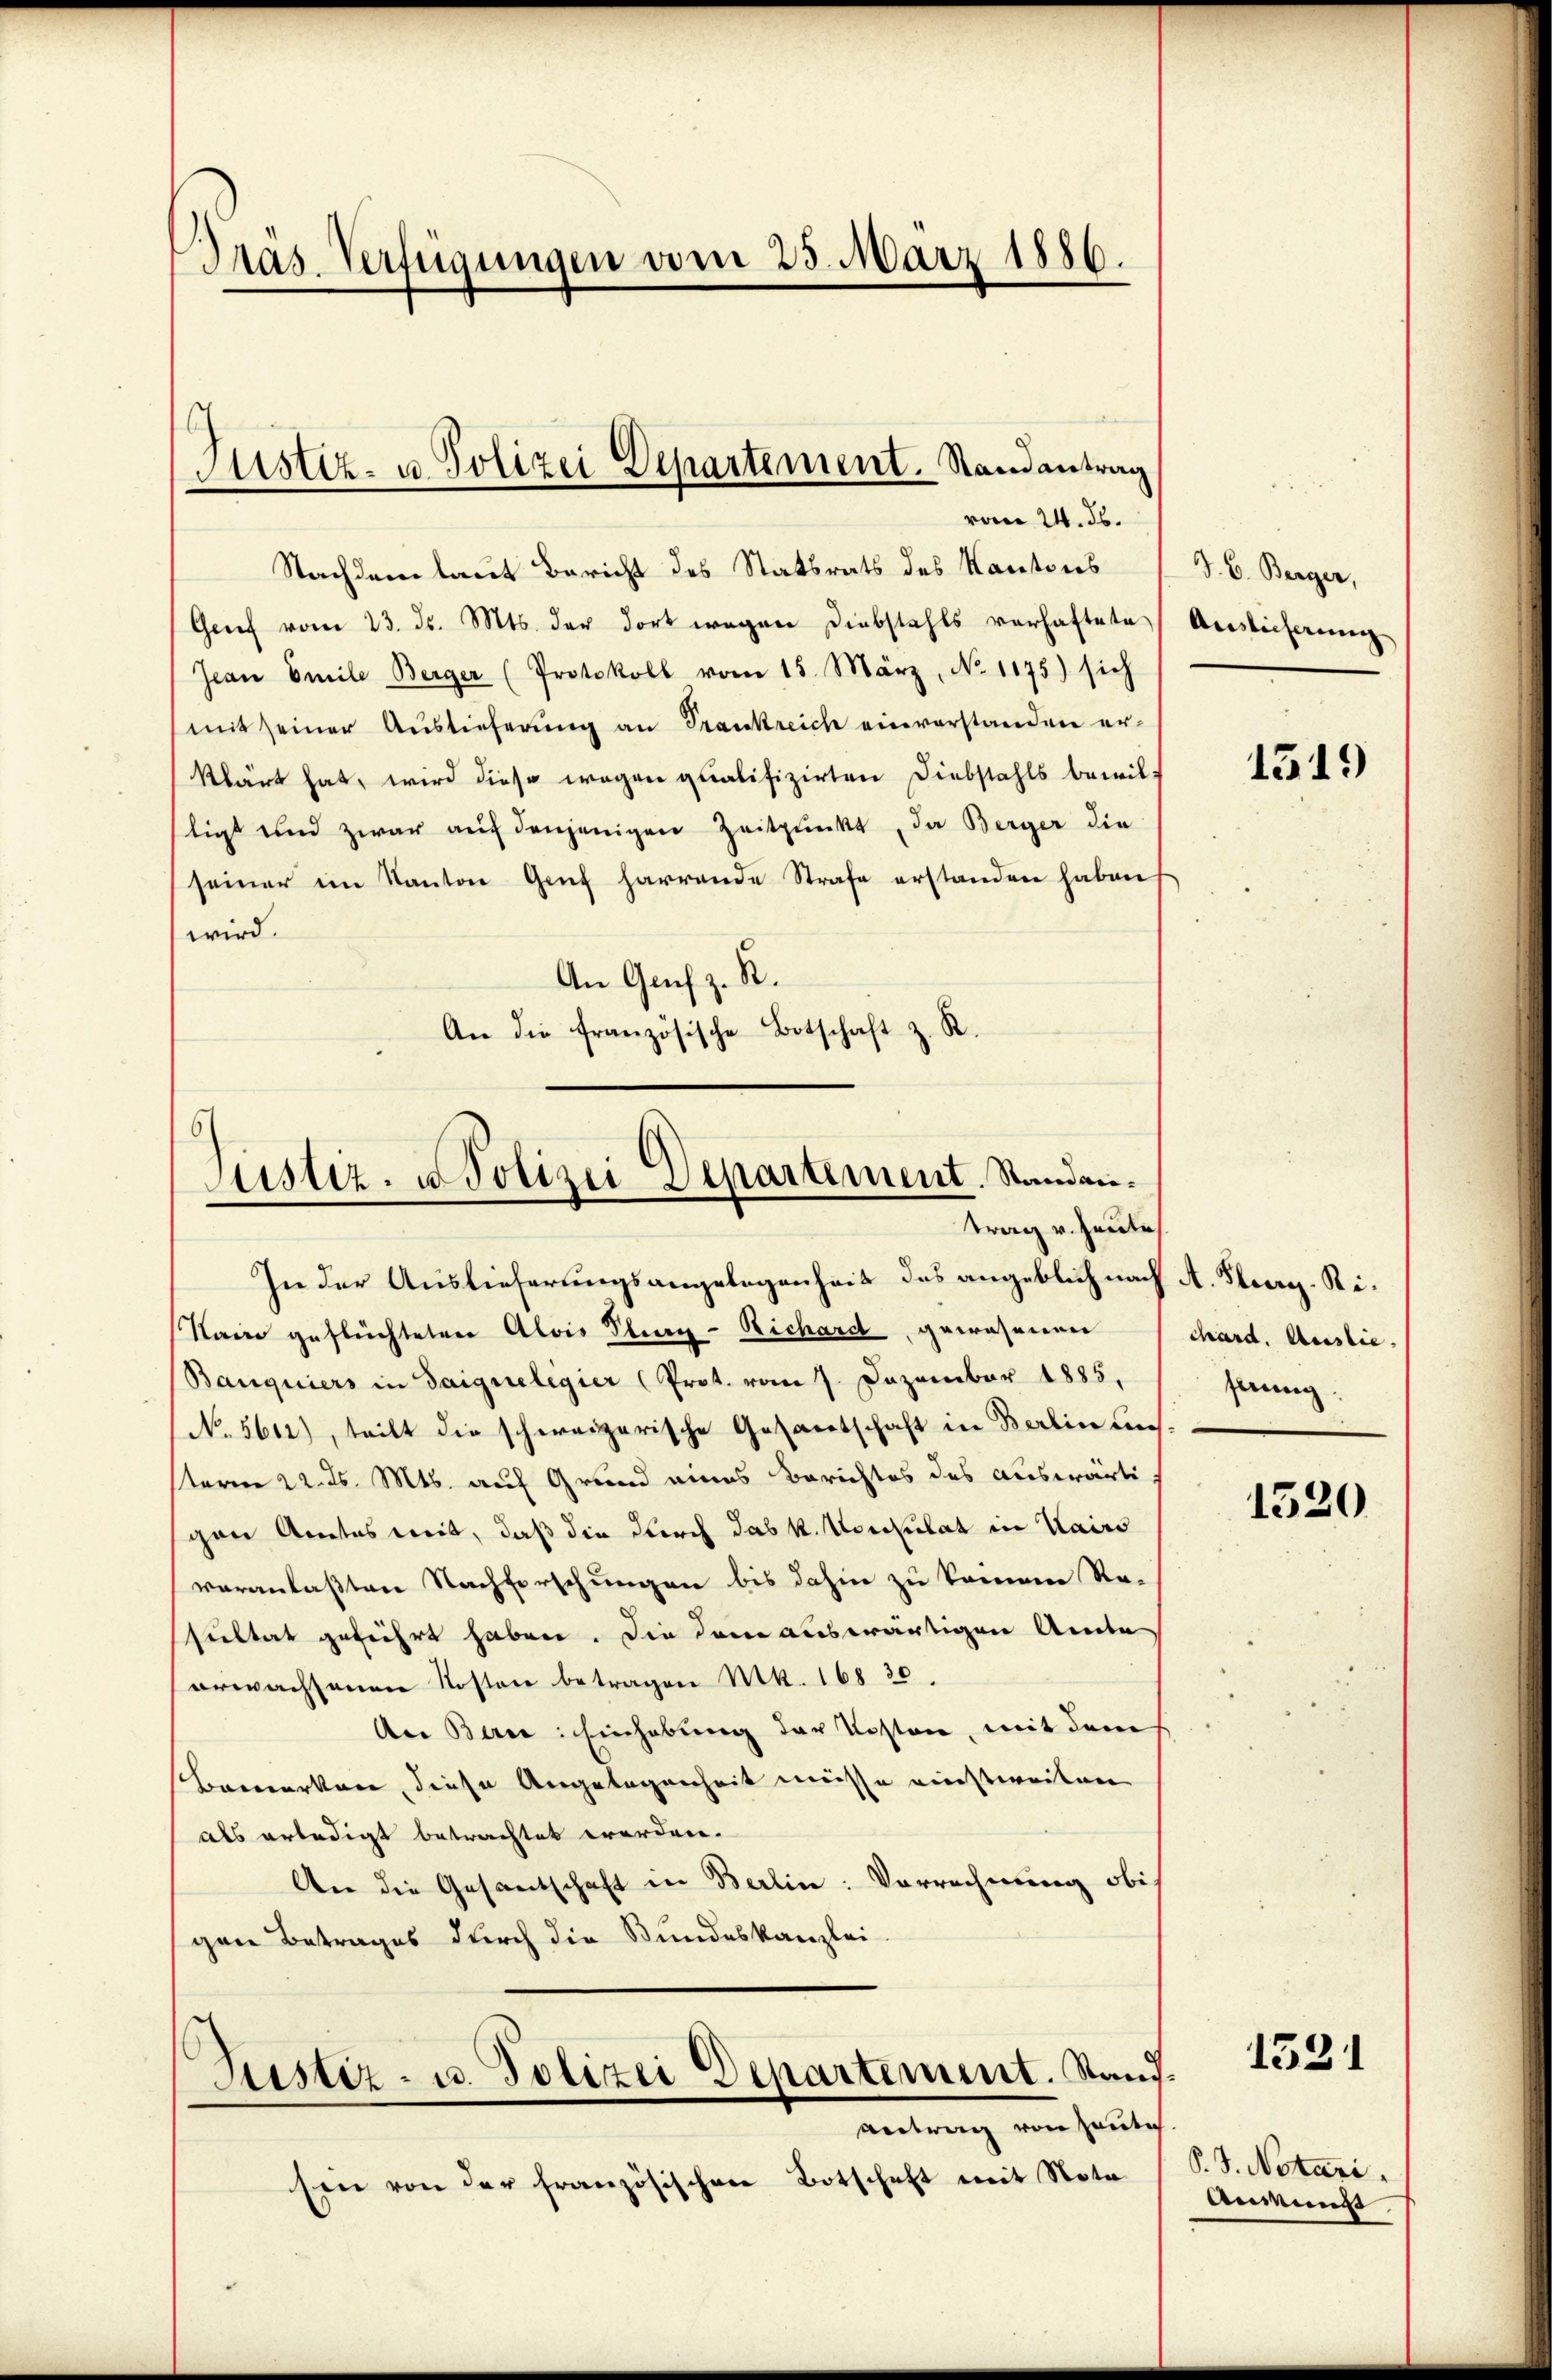
Präs. Verfügungen vom 23. März 1886.

Justiz- u Polizei Departement. Randantrag
vom 24. ds.

Nachdem laut Bericht des Statsrats des Kantons
Genf vom 23. ds. Mts. der dort wegen Diebstahls verhaftete
Jean Emile Berger (Protokoll vom 15. März, N. 1175) sich
mit seiner Auslieferung an Trankreich einverstanden er-
klärt hat, wird diese wegen qualifizirten Diebstahls bewilligt und zwar auf denjenigen Zeitpunkt, da Berger die
seiner im Kanton Genf harrende Strafe erstanden haben.
wird.
An Genf z. B.
An die französische Botschaft z. R.
In der Auslieferungsangelegenheit des angeblich nach A. Flurg. Si¬
Stain geflüchteten Alois Plurg-Richard, gewesenen
Banquiers in Saigueligier (Prot. vom 7. Dezember 1885,
No. 5612), teilt die schweizerische Gesantschaft in Berlin un
sterm 22. ds. Mts. auf Grund eines Berichtes des auswärtigen Amtes weit, daß die durch das k. Vorkulat in Kairs
veranlaßten Nachforschungen bis dahin zu keinen Re-
sultat geführt haben. Die dem auswärtigen Anden
erwachsenen Kosten betragen Mk. 168 30.
Aer Bern: Einhebung der Kosten, mit dem
Bemerken, diese Angelegenheit müsse einstweilen
als erledigt betrachtet worden.
An die Gesandtschaft in Berlin: Vorrechnung obi-
gen Betrages durch die Bundeskanzlei
Justiz- u. Polizei Departement. Stand.
Antrag von heute
Ein von der französischen Botschaft mit Nota

Justiz- u Polizei Departement. Standantrag v. Heute

J. C. Berger,
Auslicherung

1519

chard. Auslie
serung

1520

1531

P. J. Notari.
Anmunde